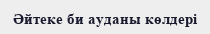
Әйтеке би ауданы көлдері